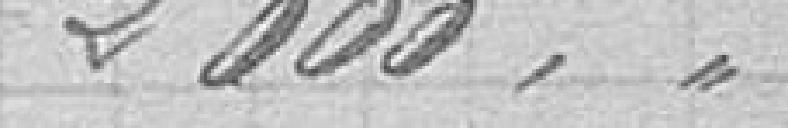
2.000